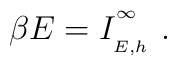
\beta E=I_{\phantom{}_{E,h}}^{\phantom{}^\infty}\ .